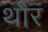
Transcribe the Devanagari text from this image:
थौर